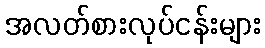
အလတ်စားလုပ်ငန်းများ